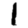
Digit: 1